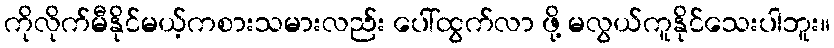
ကိုလိုက်မီနိုင်မယ့်ကစားသမားလည်း ပေါ်ထွက်လာ ဖို့ မလွယ်ကူနိုင်သေးပါဘူး။